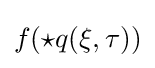
f(\star q(\xi ,\tau ))